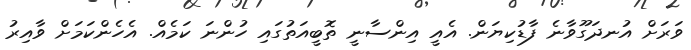
ވަރަށް އުނދަގޫވާނެ ފާޑުކިޔަން. އެއީ އިންސާނީ ތޮބީއަތުގައި ހުންނަ ކަމެއް. އެހެންކަމަށް ވާއިރު